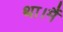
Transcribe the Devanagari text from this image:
था।मैं